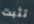
تثبت